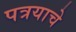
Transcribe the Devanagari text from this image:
पत्रयाचे